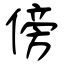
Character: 傍